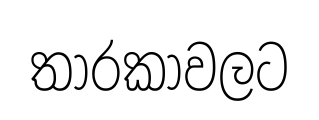
තාරකාවලට